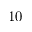
1 0